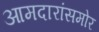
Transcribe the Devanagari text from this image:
आमदारांसमोर